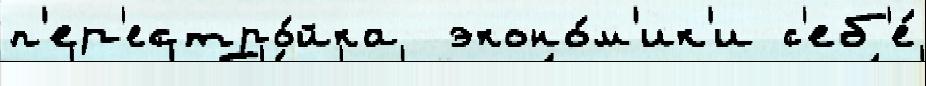
п'ер'естро́йка  эконо́м'ик'и с'еб'е́